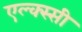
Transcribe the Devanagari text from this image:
एल्क्स्सी